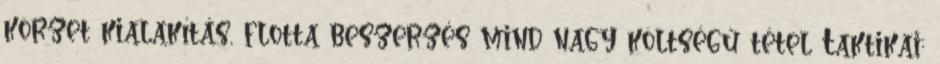
körzet kialakítás, flotta beszerzés mind nagy költségű tétel Taktikai: